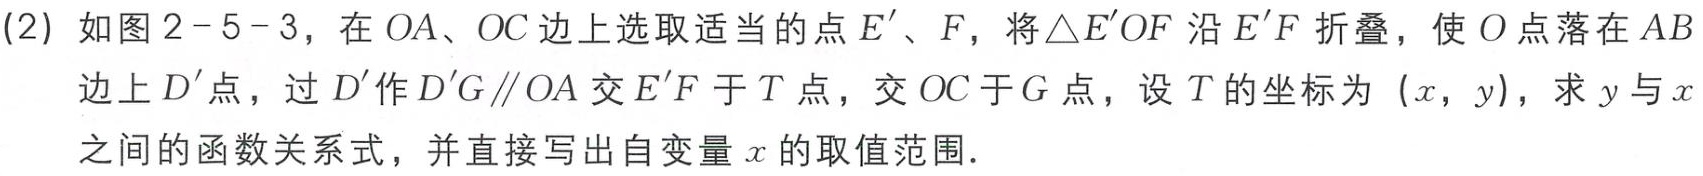
(2) 如图2 - 5 - 3，在 \(OA、OC\) 边上选取适当的点 \(E'\)、\(F\)，将 \(\triangle E'OF\) 沿 \(E'F\) 折叠，使 \(O\) 点落在 \(AB\) 边上 \(D'\) 点，过 \(D'\) 作 \(D'G\parallel OA\) 交 \(E'F\) 于 \(T\) 点，交 \(OC\) 于 \(G\) 点，设 \(T\) 的坐标为 \((x,y)\)，求 \(y\) 与 \(x\) 之间的函数关系式，并直接写出自变量 \(x\) 的取值范围．